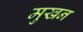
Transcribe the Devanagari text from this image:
मुखन